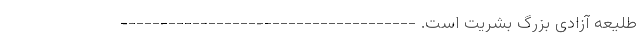
طلیعه آزادی بزرگ بشریت است. -------------------------------------